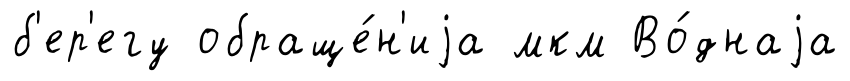
б'ер'егу обраще́н'иjа мкм Во́днаjа